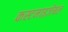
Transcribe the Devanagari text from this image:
कस्टमाइज़ेबल